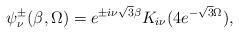
LaTeX: \begin{align*}\psi_\nu^\pm(\beta,\Omega)= e^{\pm i\nu \sqrt{3} \beta} K_{i\nu}(4 e^{-\sqrt{3} \Omega}),\end{align*}